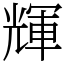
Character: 輝